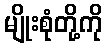
မျိုးစုံတို့ကို